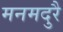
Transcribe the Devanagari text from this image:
मनमदुरै